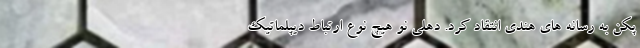
پکن به رسانه های هندی انتقاد کرد. دهلی نو هیچ نوع ارتباط دیپلماتیک